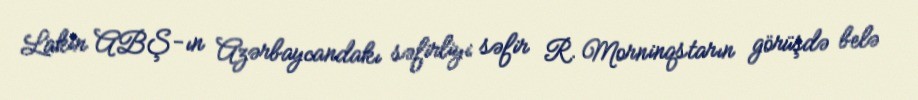
Lakin ABŞ-ın Azərbaycandakı səfirliyi səfir R. Morninqstarın görüşdə belə